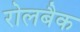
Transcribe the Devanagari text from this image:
रोलबैक